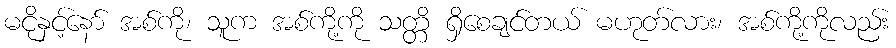
မငိုနှင့်နော် အစ်ကို၊ သူက အစ်ကို့ကို သတ္တိ ရှိစေချင်တယ် မဟုတ်လား၊ အစ်ကို့ကိုလည်း